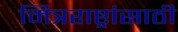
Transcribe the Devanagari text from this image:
मित्रराष्ट्रांसाठी